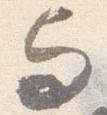
与